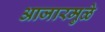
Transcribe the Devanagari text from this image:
आजारमुळे